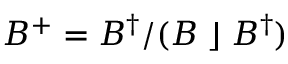
B ^ { + } = B ^ { \dagger } / ( B \; \rfloor \; B ^ { \dagger } )